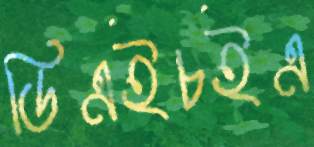
ডিএইচইএ